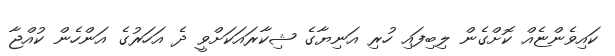
ކައިވެންޏެއް ކޮށްގެން ލިބިފައި ހުރި އަނިޔާގެ ޝިކާރައަކަށްވީ ދެ އަހަރުގެ އަންހެން ކުއްޖާ